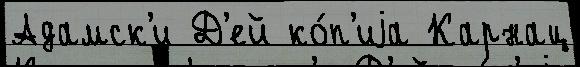
Адамск'и Д'ей ко́п'иjа Карнац